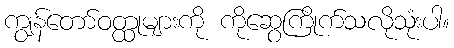
ကျွန်တော်ဝတ္ထုများကို ကိုဆွေကြိုက်သလိုသုံးပါ။